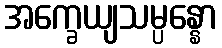
အက္ခေယျသမ္ပန္နော